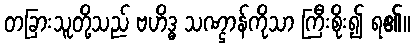
တခြားသူတို့သည် ဗဟိဒ္ဓ သဏ္ဌာန်ကိုသာ ကြီးစိုး၍ ရ၏။